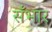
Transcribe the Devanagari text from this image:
सँभार